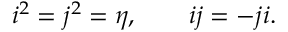
i ^ { 2 } = j ^ { 2 } = \eta , \qquad i j = - j i .